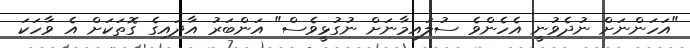
"އަހަންނަށް ނުދެވުނީ އެހެންވެ ސުލައިމާނަށް ނުގުޅީވެސް" އަންބަރު އާދައިގެ ގޮތަކަށް އެ ވާހަކަ